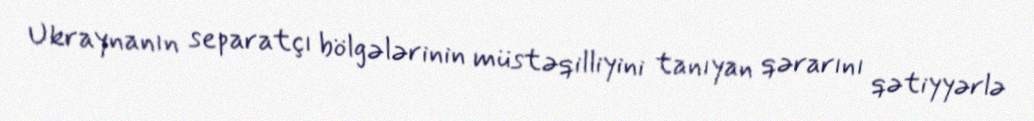
Ukraynanın separatçı bölgələrinin müstəqilliyini tanıyan qərarını qətiyyərlə